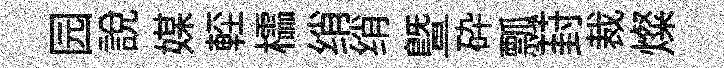
园說媒䡖櫺绡绡曁砕瓢葑裁燦